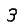
Digit: 3